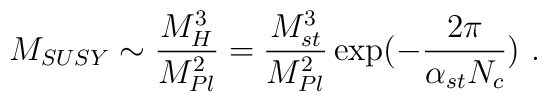
M_{SUSY}\sim {{M_H^3}\over{M^2_{Pl}}}={{M^3_{st}}\over{M_{Pl}^2}}\exp(-{2\pi\over {\alpha_{st}N_c}})~.